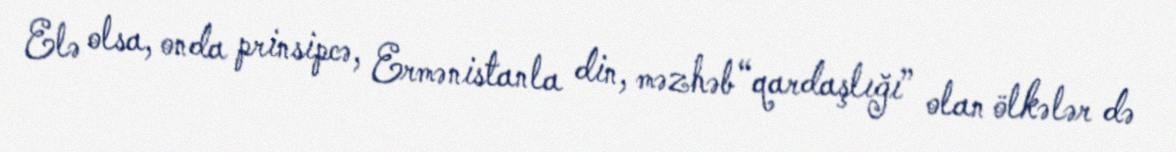
Elə olsa, onda prinsipcə, Ermənistanla din, məzhəb “qardaşlığı” olan ölkələr də